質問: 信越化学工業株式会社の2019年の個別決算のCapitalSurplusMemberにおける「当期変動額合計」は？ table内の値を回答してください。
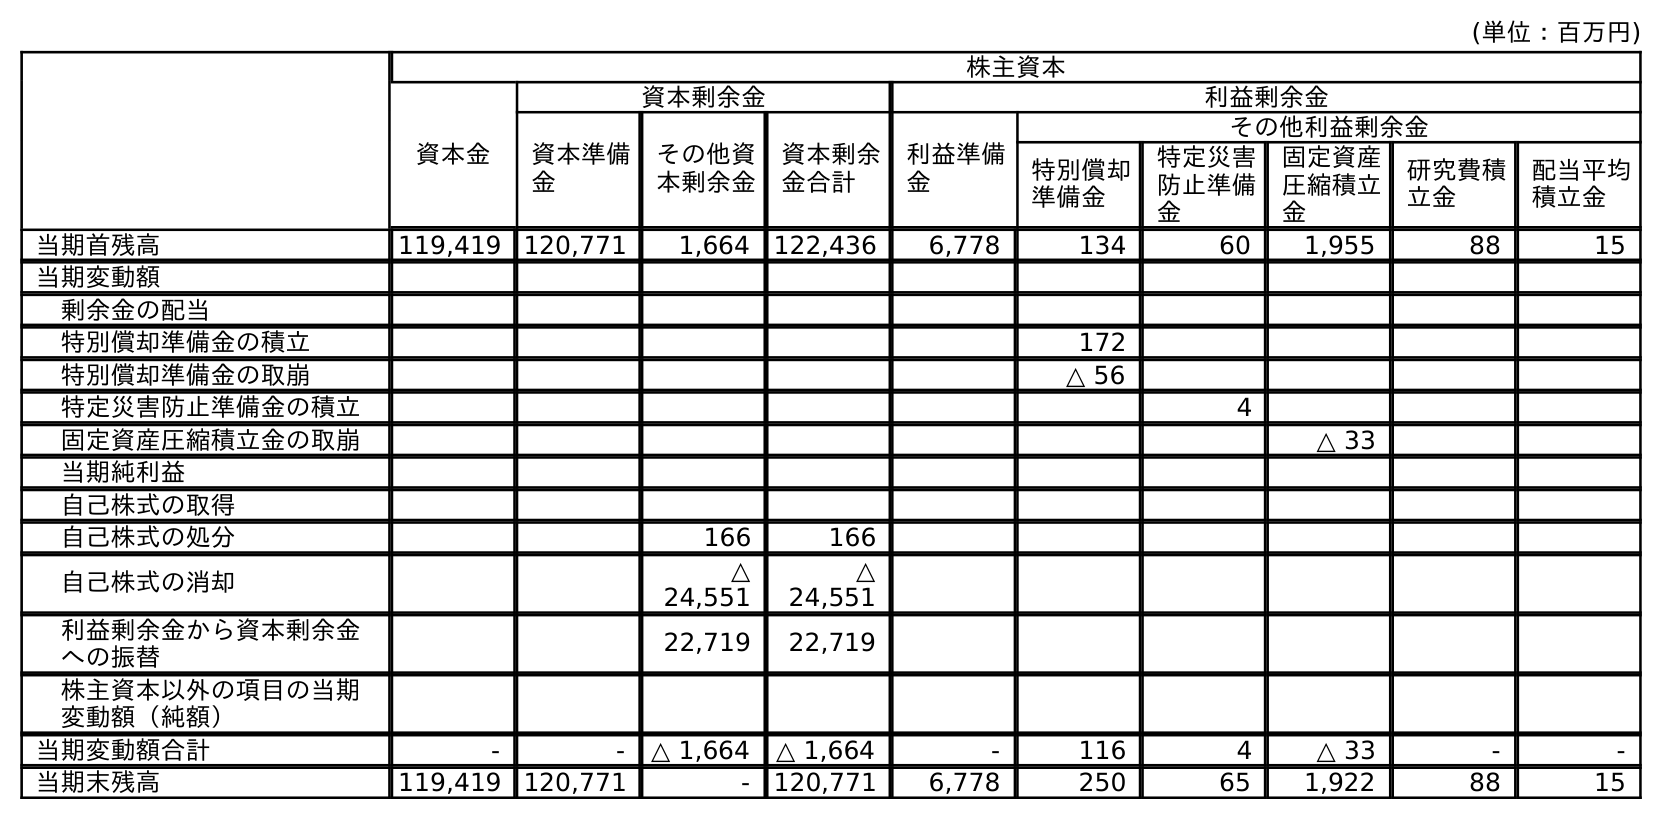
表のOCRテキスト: (単位：百万円) 株主資本 資本金 資本剰余金 利益剰余金 資本準備 金 その他資 本剰余金 資本剰余 金合計 利益準備 金 その他利益剰余金 特別償却 準備金 特定災害 防止準備 金 固定資産 圧縮積立 金 研究費積 立金 配当平均 積立金 当期首残高 119,419 120,771 1,664 122,436 6,778 134 60 1,955 88 15 当期変動額 剰余金の配当 特別償却準備金の積立 172 特別償却準備金の取崩 △ 56 特定災害防止準備金の積立 4 固定資産圧縮積立金の取崩 △ 33 当期純利益 自己株式の取得 自己株式の処分 166 166 自己株式の消却 △ 24,551 △ 24,551 利益剰余金から資本剰余金 への振替 22,719 22,719 株主資本以外の項目の当期 変動額（純額） 当期変動額合計 - - △ 1,664 △ 1,664 - 116 4 △ 33 - - 当期末残高 119,419 120,771 - 120,771 6,778 250 65 1,922 88 15
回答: △1,664